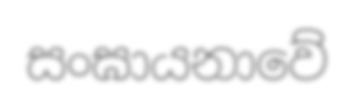
සංඝායනාවේ